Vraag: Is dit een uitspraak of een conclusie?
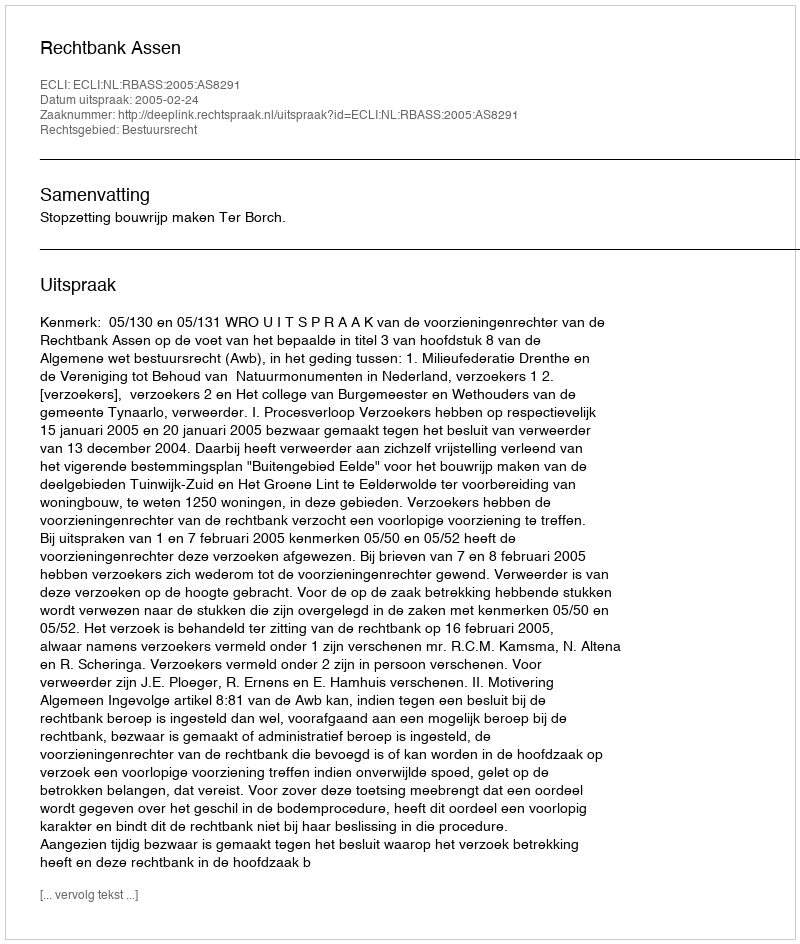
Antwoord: Uitspraak